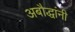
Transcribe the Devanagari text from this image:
अबौद्धांनी